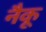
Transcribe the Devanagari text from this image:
नैकू